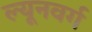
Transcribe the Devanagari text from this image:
ल्यूनवर्ग